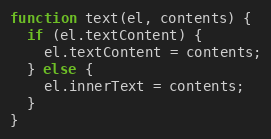
Language: JavaScript
function text(el, contents) {
  if (el.textContent) {
    el.textContent = contents;
  } else {
    el.innerText = contents;
  }
}